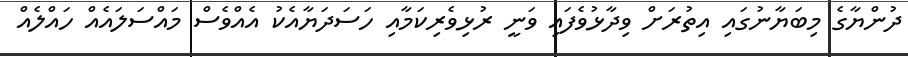
ދުންޔާގެ މިބަޔާނުގައި އިތުރަށް ވިދާޅުވެފަައި ވަނީ ރުޅިވެރިކަމާއި ހަސަދަޔާއެކު އެއްވެސް މައްސަލައެއް ހައްލެއް